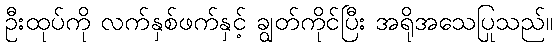
ဦးထုပ်ကို လက်နှစ်ဖက်နှင့် ချွတ်ကိုင်ပြီး အရိုအသေပြုသည်။